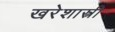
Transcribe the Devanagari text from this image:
खरेशास्त्री